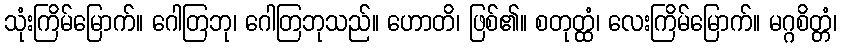
သုံးကြိမ်မြောက်။ ဂေါတြဘု၊ ဂေါတြဘုသည်။ ဟောတိ၊ ဖြစ်၏။ စတုတ္ထံ၊ လေးကြိမ်မြောက်။ မဂ္ဂစိတ္တံ၊